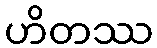
ဟိတဿ